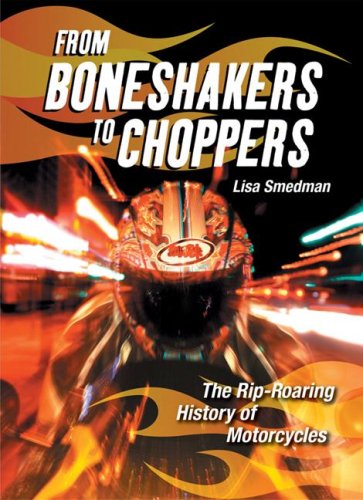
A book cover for From Boneshakers to Choppers: The Rip-Roaring History of Motorcycles; Lisa Smedman; Children's Books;